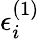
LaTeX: \epsilon_{i}^{(1)}